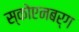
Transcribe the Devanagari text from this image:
स्कोएनबर्ग